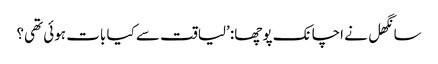
سانگھل نے اچانک پوچھا: ’لیاقت سے کیا بات ہوئی تھی؟